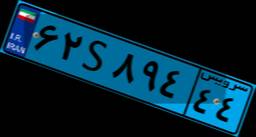
۷۵S۹۰۸۱۲